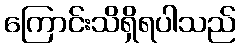
ကြောင်းသိရှိရပါသည်